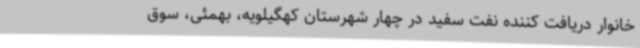
خانوار دریافت کننده نفت سفید در چهار شهرستان کهگیلویه، بهمئی، سوق